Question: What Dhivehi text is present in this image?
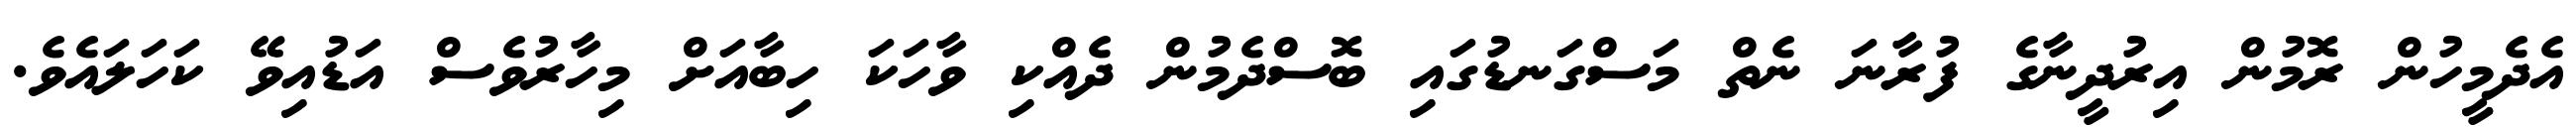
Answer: އެދެމީހުން ރޮމުން އިރުދީނާގެ ފުރާނަ ނެތް މަސްގަނޑުގައި ބޮސްދެމުން ދެއްކި ވާހަކަ ހިބާއަށް މިހާރުވެސް އަޑުއިވޭ ކަހަލައެވެ.